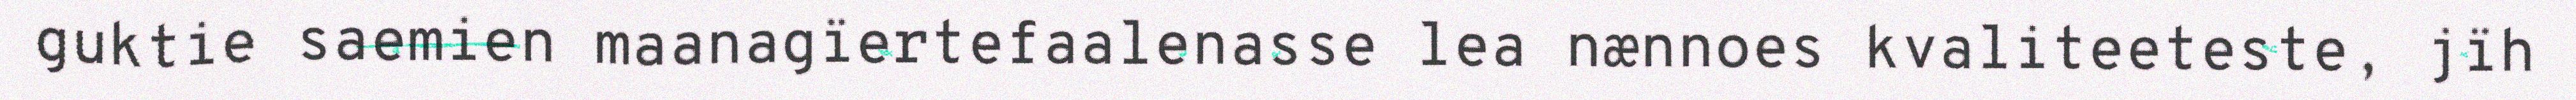
guktie saemien maanagïertefaalenasse lea nænnoes kvaliteeteste, jïh